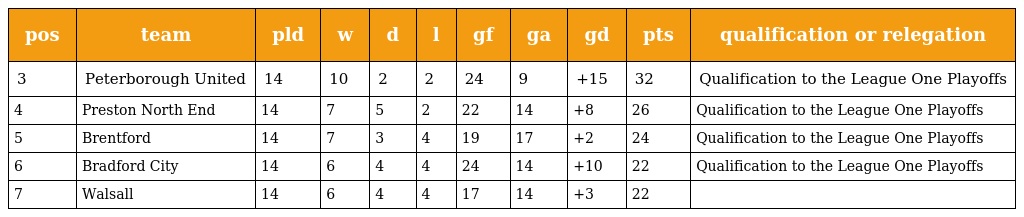
| pos | team | pld | w | d | l | gf | ga | gd | pts | qualification or relegation |
 | --- | --- | --- | --- | --- | --- | --- | --- | --- | --- | --- |
 | 3 | Peterborough United | 14 | 10 | 2 | 2 | 24 | 9 | +15 | 32 | Qualification to the League One Playoffs |
 | 4 | Preston North End | 14 | 7 | 5 | 2 | 22 | 14 | +8 | 26 | Qualification to the League One Playoffs |
 | 5 | Brentford | 14 | 7 | 3 | 4 | 19 | 17 | +2 | 24 | Qualification to the League One Playoffs |
 | 6 | Bradford City | 14 | 6 | 4 | 4 | 24 | 14 | +10 | 22 | Qualification to the League One Playoffs |
 | 7 | Walsall | 14 | 6 | 4 | 4 | 17 | 14 | +3 | 22 |  |